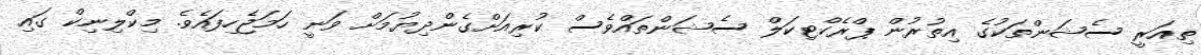
ތިއަރީ ސެޝަންތަކުގެ އިތުރުން ޕްރެކްޓިކަލް ސެޝަންތައްވެސް ކުރިއަށްގެންދިޔުމަށް ވަނީ ހަމަޖެހިފައެވެ. މިކްލިނިކް ގައި